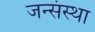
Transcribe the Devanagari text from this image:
जन्संस्था